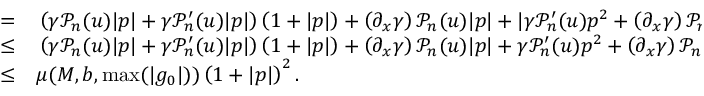
\begin{array} { r l } { = } & { { } \left( \gamma \mathcal { P } _ { n } ( u ) \lvert p \rvert + \gamma \mathcal { P } _ { n } ^ { \prime } ( u ) \lvert p \rvert \right) \left( 1 + \lvert p \rvert \right) + \left( \partial _ { x } \gamma \right) \mathcal { P } _ { n } ( u ) \lvert p \rvert + \lvert \gamma \mathcal { P } _ { n } ^ { \prime } ( u ) p ^ { 2 } + \left( \partial _ { x } \gamma \right) \mathcal { P } _ { n } ( u ) p - g _ { 0 } ( x ) u \rvert } \\ { \leq } & { { } \left( \gamma \mathcal { P } _ { n } ( u ) \lvert p \rvert + \gamma \mathcal { P } _ { n } ^ { \prime } ( u ) \lvert p \rvert \right) \left( 1 + \lvert p \rvert \right) + \left( \partial _ { x } \gamma \right) \mathcal { P } _ { n } ( u ) \lvert p \rvert + \gamma \mathcal { P } _ { n } ^ { \prime } ( u ) p ^ { 2 } + \left( \partial _ { x } \gamma \right) \mathcal { P } _ { n } ( u ) \lvert p \rvert + \lvert g _ { 0 } ( x ) u \rvert } \\ { \leq } & { { } \mu ( M , b , \operatorname* { m a x } ( | g _ { 0 } | ) ) \left( 1 + \lvert p \rvert \right) ^ { 2 } . } \end{array}